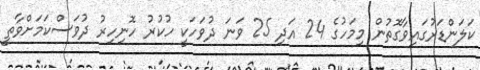
ކަލަންޑަރުގައިވާގޮތުން މިމަހުގެ 24 އަދި 25 ވަނަ ދުވަހަކީ ހުކުރު ހޮނިހިރު ދުވަސްކަމަށްވާތީ